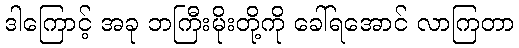
ဒါကြောင့် အခု ဘကြီးမိုးတို့ကို ခေါ်ရအောင် လာကြတာ